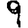
Digit: 9